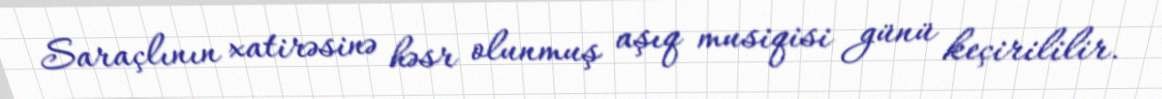
Saraçlının xatirəsinə həsr olunmuş aşıq musiqisi günü keçirililir.